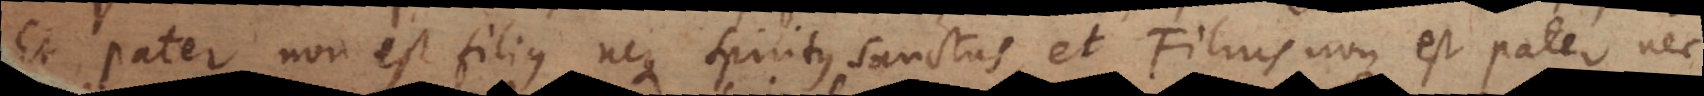
Et pater non est filius neque Spiritus Sanctus, et Filius non est pater nec